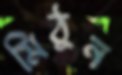
মিঠুন